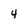
Character: 4